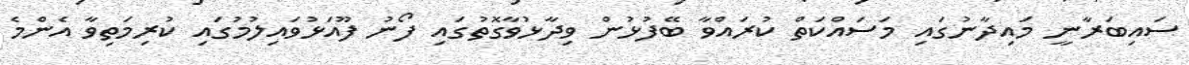
ސައިބަރާނީ މައިދާނުގައި މަސައްކަތް ކުރައްވާ ބޭފުޅުން ވިދާޅުވާގޮތުގައި ފޯނު ފޫއަޅުވައިލުމުގައި ކުރިމަތިވާ އެންމެ